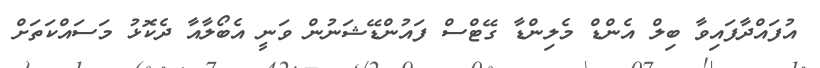
އުފައްދާފައިވާ ބިލް އެންޑް މެލިންޑާ ގޭޓްސް ފައުންޑޭޝަނުން ވަނީ އެބޯލާާއާ ދެކޮޅު މަސައްކަތަށް